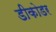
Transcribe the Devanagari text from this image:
डीकोडर